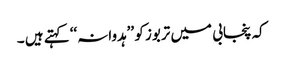
کہ پنجابی میں تربوز کو ’’ہدوانہ‘‘ کہتے ہیں ۔